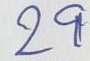
29